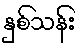
နှစ်သန်း